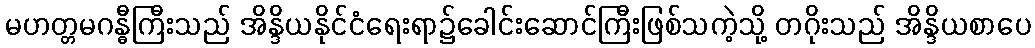
မဟတ္တမဂန္ဓီကြီးသည် အိန္ဒိယနိုင်ငံရေးရာ၌ခေါင်းဆောင်ကြီးဖြစ်သကဲ့သို့ တဂိုးသည် အိန္ဒိယစာပေ